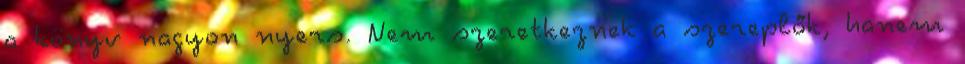
a könyv nagyon nyers. Nem szeretkeznek a szereplők, hanem